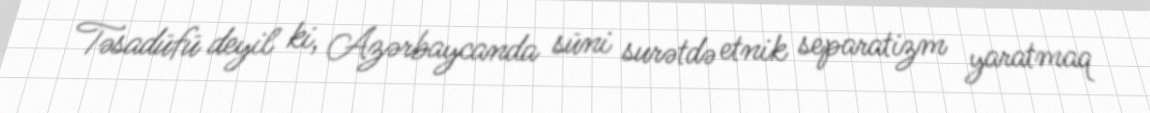
Təsadüfü deyil ki, Azərbaycanda süni surətdə etnik separatizm yaratmaq